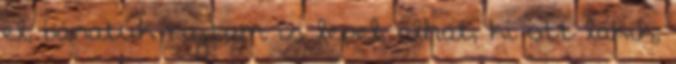
el, bánatuk rajtam is lepel, alhat, ki ott lakik,